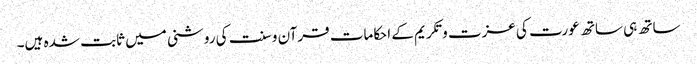
ساتھ ہی ساتھ عورت کی عزت و تکریم کے احکامات قرآن و سنت کی روشنی میں ثابت شدہ ہیں۔